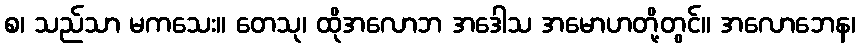
စ၊ သည်သာ မကသေး။ တေသု၊ ထိုအလောဘ အဒေါသ အမောဟတို့တွင်။ အလောဘေန၊